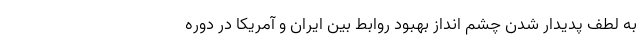
به لطف پدیدار شدن چشم انداز بهبود روابط بین ایران و آمریکا در دوره